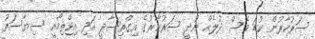
ސަރުކާރުން ކުޑަ ވެސް ދުލެއް ނުދީ ސަރުކާރުގެ އިގްތިސާދީ އަދި އިޖްތިމާއީ ސިޔާސަތު